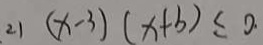
2 1 ( x - 3 ) ( x + b ) \leq 0 .